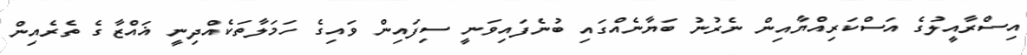
އިސްރާއީލުގެ އަސްކަރިއްޔާއިން ނެރުނު ބަޔާނެއްގައި ބުނެފައިވަނީ ސިފައިން ވައިގެ ހަމަލާތަކެއްދިނީ ޣައްޒާގެ ތެރެއިން